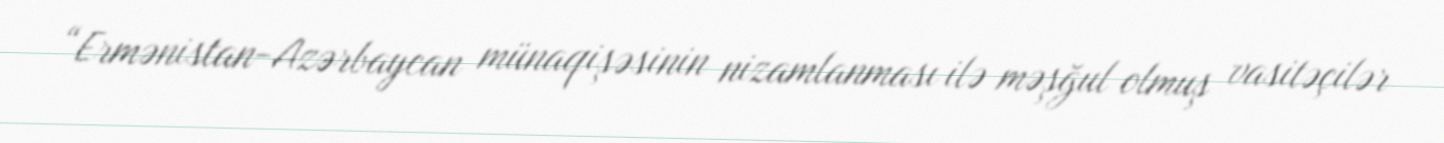
“Ermənistan-Azərbaycan münaqişəsinin nizamlanması ilə məşğul olmuş vasitəçilər